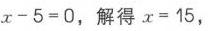
\(x - 5 = 0\)，解得 \(x = 15\)